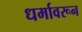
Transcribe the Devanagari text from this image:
धर्मावरून